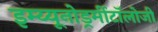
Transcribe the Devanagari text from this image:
इम्य्यूनोडर्र्मीटॉलोजी